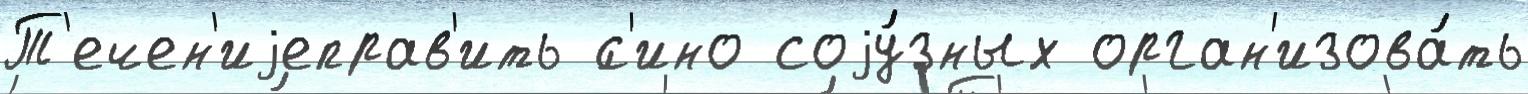
Т'ечен'иjеправ'ить ́с'ино соjу́зных орган'изова́ть